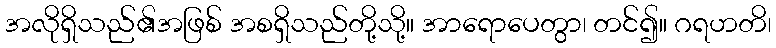
အလိုရှိသည်၏အဖြစ် အစရှိသည်တို့သို့။ အာရောပေတွာ၊ တင်၍။ ဂရဟတိ၊